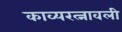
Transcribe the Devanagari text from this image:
काव्यरत्नावली